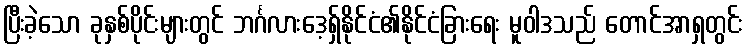
ပြီးခဲ့သော ခုနှစ်ပိုင်းများတွင် ဘင်္ဂလားဒေ့ရှ်နိုင်ငံ၏နိုင်ငံခြားရေး မူဝါဒသည် တောင်အာရှတွင်း